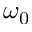
\omega _ { 0 }